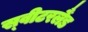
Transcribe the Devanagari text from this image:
स्‍वीटरलैंड